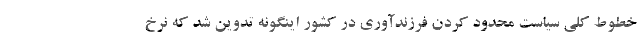
خطوط کلی سیاست محدود کردن فرزندآوری در کشور اینگونه تدوین شد که نرخ